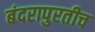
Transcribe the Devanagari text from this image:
बंदरापुरतीच